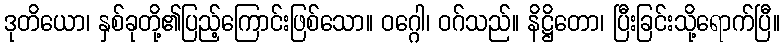
ဒုတိယော၊ နှစ်ခုတို့၏ပြည့်ကြောင်းဖြစ်သော။ ဝဂ္ဂေါ၊ ဝဂ်သည်။ နိဋ္ဌိတော၊ ပြီးခြင်းသို့ရောက်ပြီ။